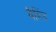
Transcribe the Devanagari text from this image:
वैहिंद